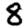
Digit: 8